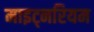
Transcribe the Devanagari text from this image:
माइट्नरियम